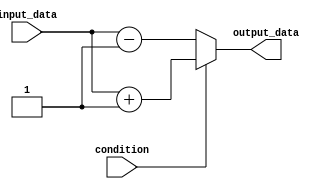
module if_else_statement (
    input wire condition,
    input wire input_data,
    output reg output_data
);

always @(*)
begin
    if (condition) begin
        // code to execute if condition is true
        output_data = input_data + 1;
    end
    else begin
        // code to execute if condition is false
        output_data = input_data - 1;
    end
end

endmodule